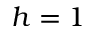
h = 1